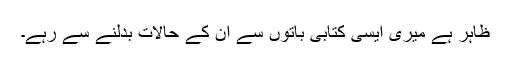
ظاہر ہے میری ایسی کتابی باتوں سے ان کے حالات بدلنے سے رہے۔